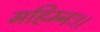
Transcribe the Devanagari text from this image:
महिम्नः।।